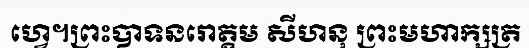
ហ្វេ។ព្រះបាទនរោត្តម សីហនុ ព្រះមហាក្សត្រ